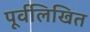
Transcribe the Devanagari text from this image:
पूर्वलिखित